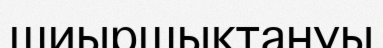
шиыршықтануы